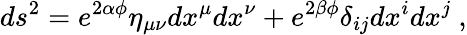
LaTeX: ds^{2}=e^{2\alpha\phi}\eta_{\mu\nu}dx^{\mu}dx^{\nu}+e^{2\beta\phi}\delta_{ij}dx^{i}dx^{j}\ ,